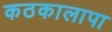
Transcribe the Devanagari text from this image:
कठकालापा